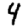
Digit: 4